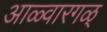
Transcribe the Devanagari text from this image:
आळ्वारगळ्